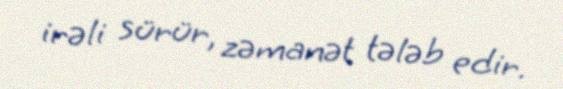
irəli sürür, zəmanət tələb edir.